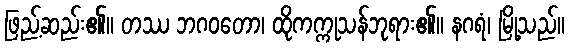
ဖြည့်ဆည်း၏။ တဿ ဘဂဝတော၊ ထိုကက္ကုသန်ဘုရား၏။ နဂရံ၊ မြို့သည်။